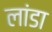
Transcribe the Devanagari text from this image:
लांडा